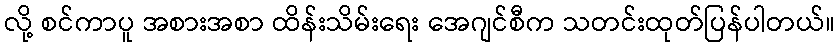
လို့ စင်ကာပူ အစားအစာ ထိန်းသိမ်းရေး အေဂျင်စီက သတင်းထုတ်ပြန်ပါတယ်။